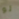
لو